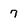
Character: 7